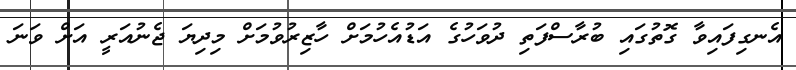
އެނގިފައިވާ ގޮތުގައި ބުރާސްފަތި ދުވަހުގެ އަޑުއެހުމަށް ހާޒިރުވުމަށް މިދިޔަ ޖެނުއަރީ އަށް ވަނަ